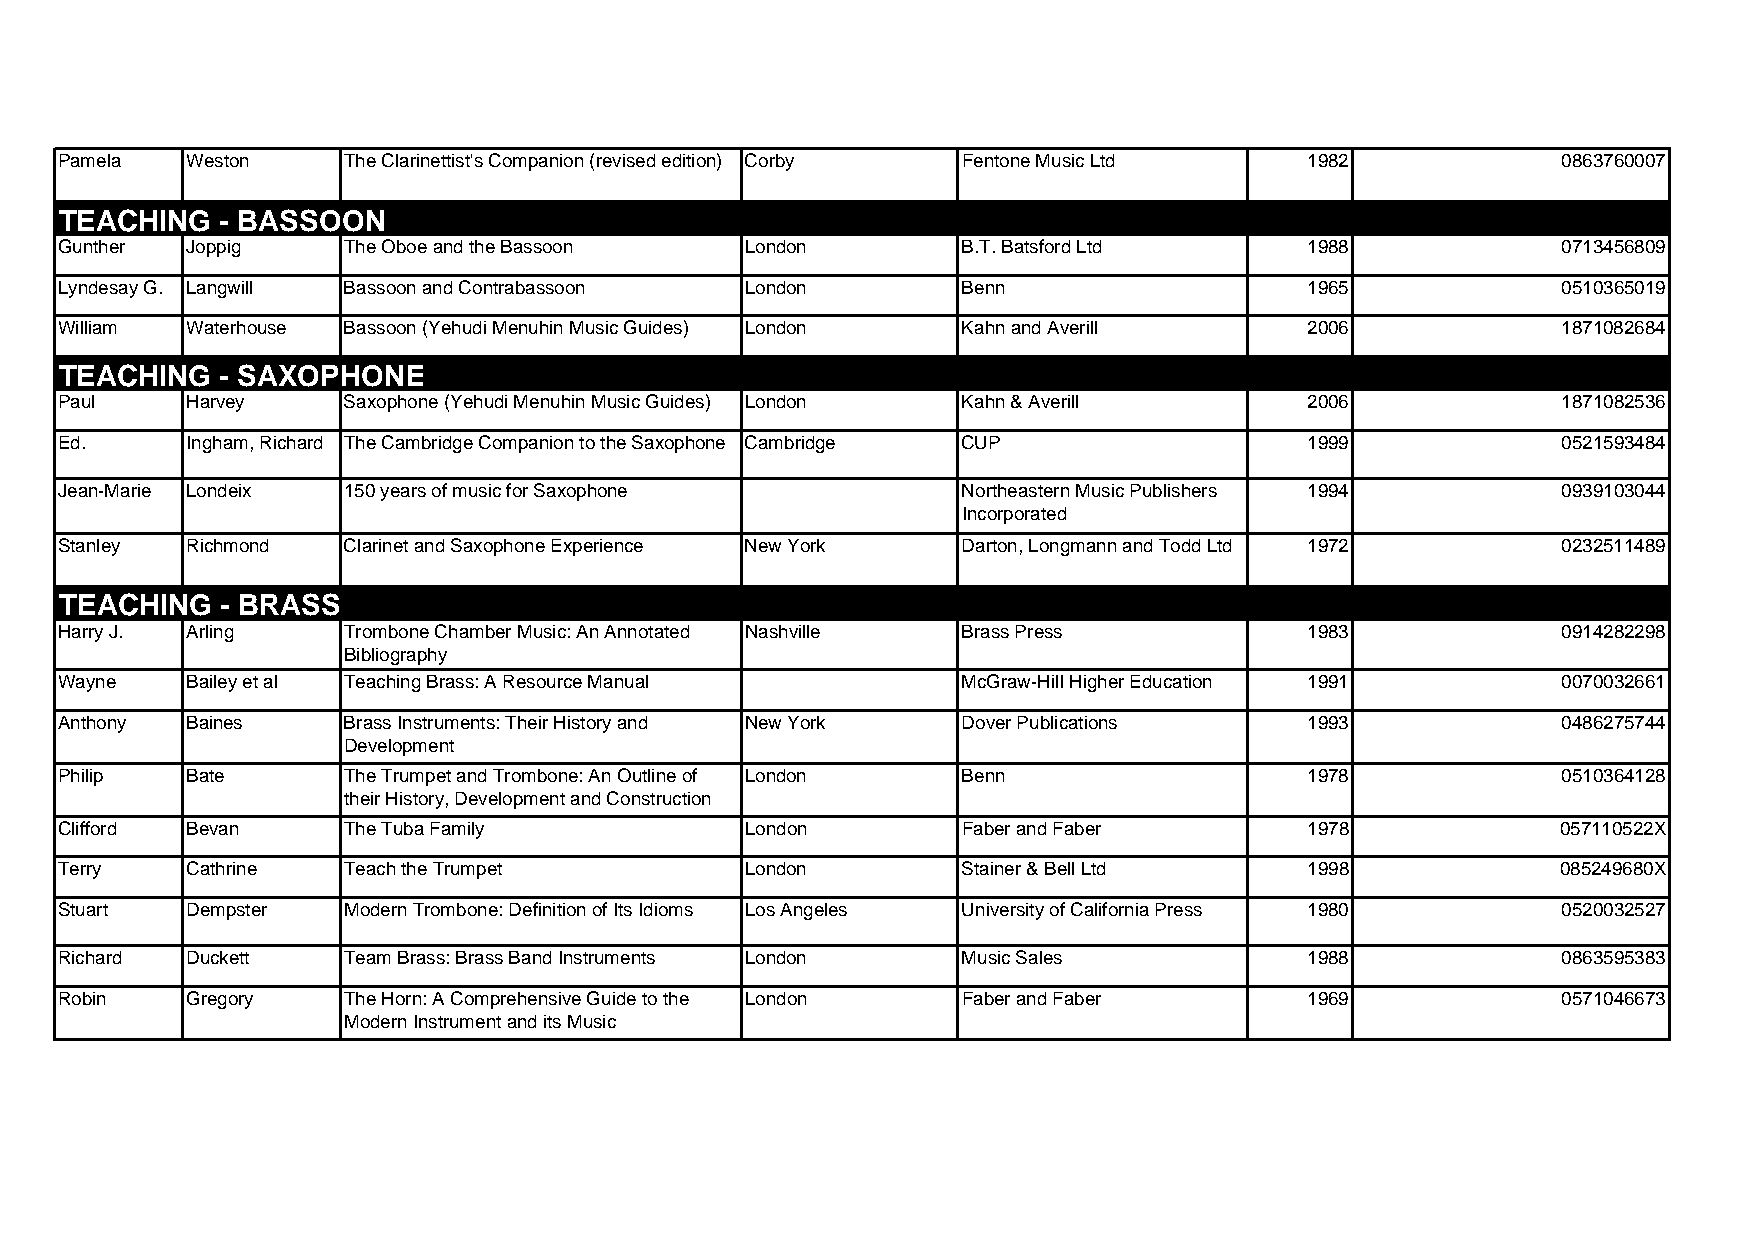
Pamela  Weston     The Clarinettist's Companion (revised edition) Corby Fentone Music Ltd 1982     0863760007
 TEACHING   - BASSOON
 Gunther Joppig     The Oboe and the Bassoon  London         B.T. Batsford Ltd      1988            0713456809
 Lyndesay G. Langwill Bassoon and Contrabassoon London       Benn                   1965            0510365019
 William Waterhouse Bassoon (Yehudi Menuhin Music Guides) London Kahn and Averill   2006            1871082684
 TEACHING   - SAXOPHONE
 Paul    Harvey     Saxophone (Yehudi Menuhin Music Guides) London Kahn & Averill   2006            1871082536
 Ed.     Ingham, Richard The Cambridge Companion to the Saxophone Cambridge CUP     1999            0521593484
 Jean-Marie Londeix 150 years of music for Saxophone         Northeastern Music Publishers 1994     0939103044
 Incorporated
 Stanley Richmond   Clarinet and Saxophone Experience New York Darton, Longmann and Todd Ltd 1972   0232511489
 TEACHING   - BRASS
 Harry J. Arling    Trombone Chamber Music: An Annotated Nashville Brass Press      1983            0914282298
 Bibliography
 Wayne   Bailey et al Teaching Brass: A Resource Manual      McGraw-Hill Higher Education 1991      0070032661
 Anthony Baines     Brass Instruments: Their History and New York Dover Publications 1993           0486275744
 Development
 Philip  Bate       The Trumpet and Trombone: An Outline of London Benn             1978            0510364128
 their History, Development and Construction
 Clifford Bevan     The Tuba Family           London         Faber and Faber        1978            057110522X
 Terry   Cathrine   Teach the Trumpet         London         Stainer & Bell Ltd     1998            085249680X
 Stuart  Dempster   Modern Trombone: Definition of Its Idioms Los Angeles University of California Press 1980 0520032527
 Richard Duckett    Team Brass: Brass Band Instruments London Music Sales           1988            0863595383
 Robin   Gregory    The Horn: A Comprehensive Guide to the London Faber and Faber   1969            0571046673
 Modern Instrument and its Music